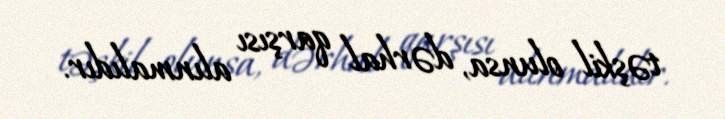
təşkil olunsa, dərhal qarşısı alınmalıdır.